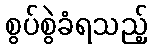
စွပ်စွဲခံရသည့်